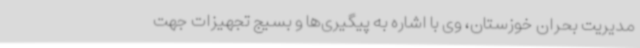
مدیریت بحران خوزستان، وی با اشاره به پیگیری‌ها و بسیج تجهیزات جهت